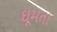
ઘૂમતા